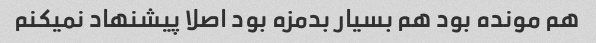
هم مونده بود هم بسیار بدمزه بود اصلا پیشنهاد نمیکنم